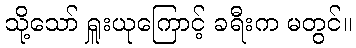
သို့သော် ရှူးယုကြောင့် ခရီးက မတွင်။